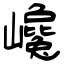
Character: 巉